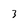
Character: 3